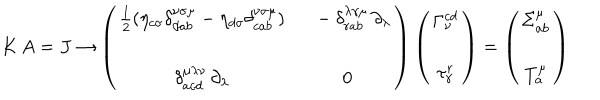
K \, A = J \rightarrow \left( \begin{array} { c c } { { \frac { 1 } { 2 } ( \eta _ { c \sigma } \delta _ { d a b } ^ { \nu \sigma \mu } - \eta _ { d \sigma } \delta _ { c a b } ^ { \nu \sigma \mu } ) } } & { { \ \ - \delta _ { r a b } ^ { \lambda \gamma \mu } \, \partial _ { \lambda } } } \\ { { } } & { { } } \\ { { \delta _ { a c d } ^ { \mu \lambda \nu } \, \partial _ { \lambda } } } & { { 0 } } \\ \end{array} \right) \left( \begin{array} { c } { { \Gamma _ { \nu } ^ { c d } } } \\ { { \tau _ { \gamma } ^ { r } } } \\ \end{array} \right) = \left( \begin{array} { c } { { \Sigma _ { a b } ^ { \mu } } } \\ { { T _ { a } ^ { \mu } } } \\ \end{array} \right)